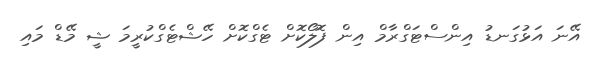
އޭނަ އަޅުގަނޑު އިންސްޓަގްރާމް އިން ފޮލޯކޮށް ޓެގްކޮށް ހޭޝްޓެގްކުރީމަ ޝީ މޭޑް މައި